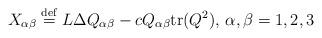
LaTeX: \begin{align*}X_{\alpha\beta}\stackrel{\rm def}{=}L\Delta Q_{\alpha\beta}-cQ_{\alpha\beta}\textrm{tr}(Q^2),\,\alpha,\beta=1,2,3\end{align*}